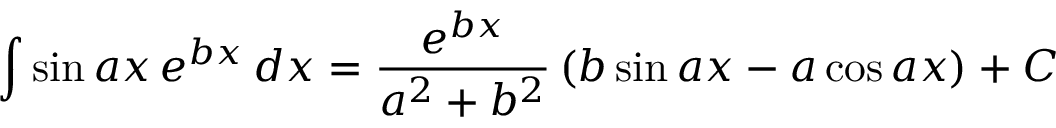
\int \sin a x \, e ^ { b x } \, d x = { \frac { e ^ { b x } } { a ^ { 2 } + b ^ { 2 } } } \left( b \sin a x - a \cos a x \right) + C